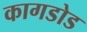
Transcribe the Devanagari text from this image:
कागडोड